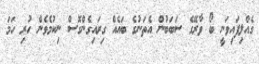
ގެއްލިފައިވަނީ ބޯ ވާރޭގެ ސަބަބުން އެތަނުގެ ބައެއް ގިރައިގެންގޮސް ނިކުމެވެން ހުރި ހަމަ